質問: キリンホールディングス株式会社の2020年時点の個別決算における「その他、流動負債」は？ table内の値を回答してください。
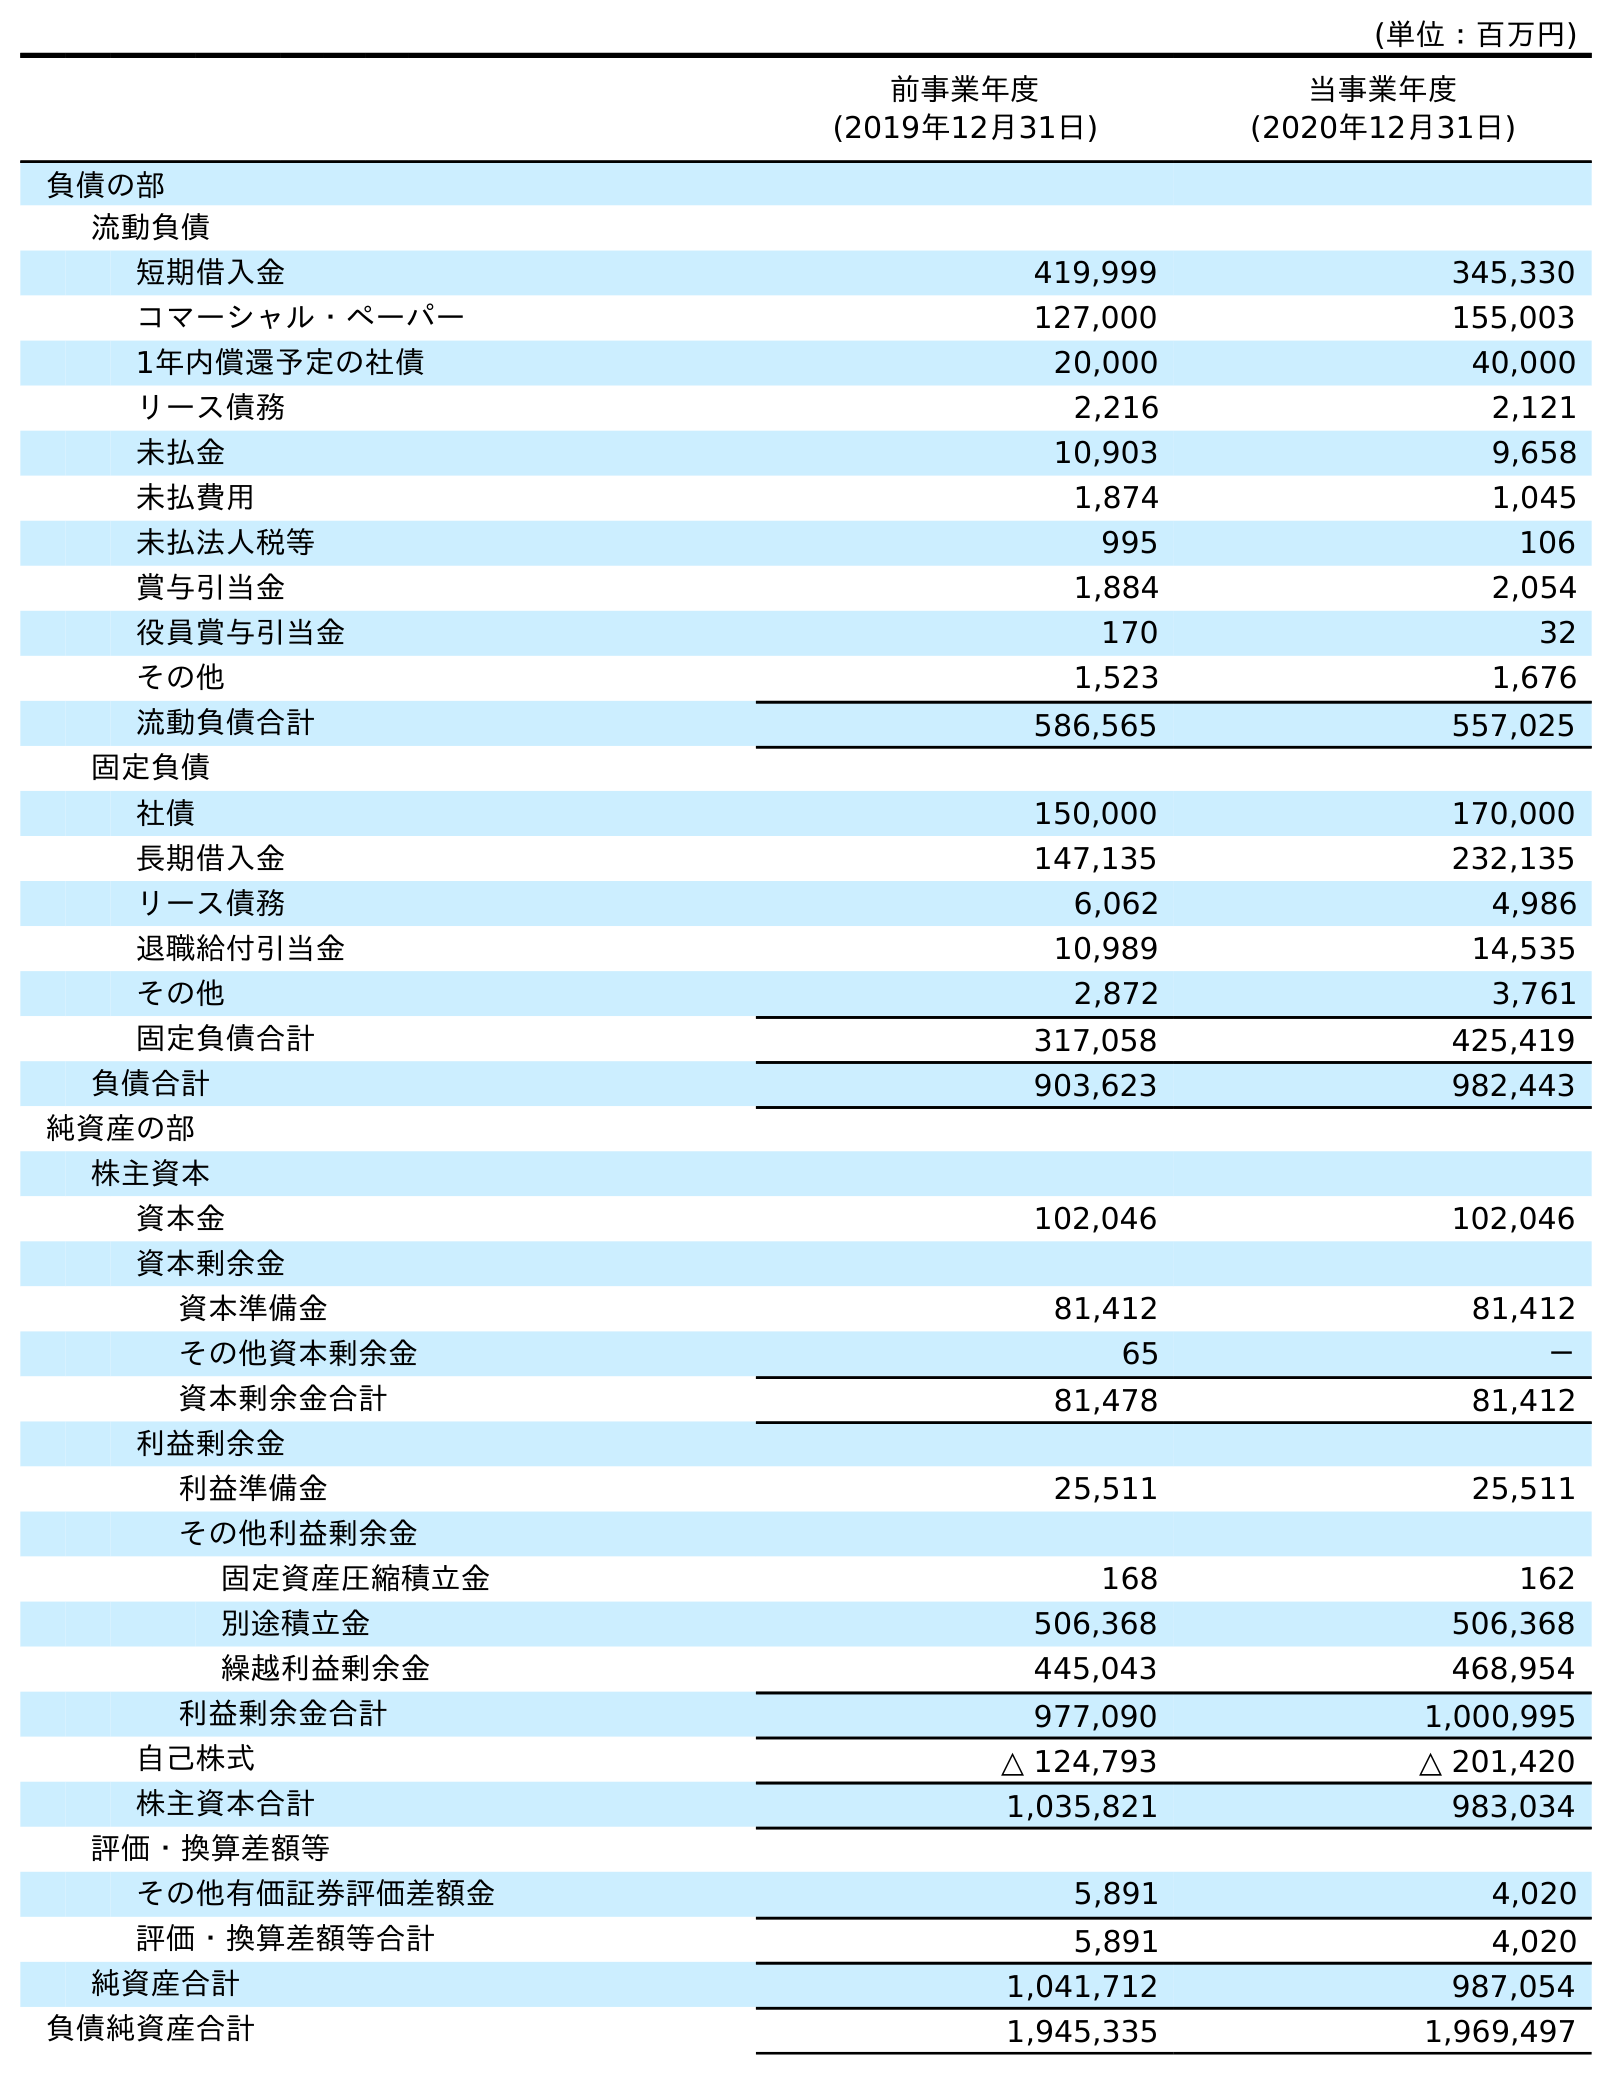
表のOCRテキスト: (単位：百万円) 前事業年度 (2019年12月31日) 当事業年度 (2020年12月31日) 負債の部 流動負債 短期借入金 419,999 345,330 コマーシャル・ペーパー 127,000 155,003 1年内償還予定の社債 20,000 40,000 リース債務 2,216 2,121 未払金 10,903 9,658 未払費用 1,874 1,045 未払法人税等 995 106 賞与引当金 1,884 2,054 役員賞与引当金 170 32 その他 1,523 1,676 流動負債合計 586,565 557,025 固定負債 社債 150,000 170,000 長期借入金 147,135 232,135 リース債務 6,062 4,986 退職給付引当金 10,989 14,535 その他 2,872 3,761 固定負債合計 317,058 425,419 負債合計 903,623 982,443 純資産の部 株主資本 資本金 102,046 102,046 資本剰余金 資本準備金 81,412 81,412 その他資本剰余金 65 － 資本剰余金合計 81,478 81,412 利益剰余金 利益準備金 25,511 25,511 その他利益剰余金 固定資産圧縮積立金 168 162 別途積立金 506,368 506,368 繰越利益剰余金 445,043 468,954 利益剰余金合計 977,090 1,000,995 自己株式 △ 124,793 △ 201,420 株主資本合計 1,035,821 983,034 評価・換算差額等 その他有価証券評価差額金 5,891 4,020 評価・換算差額等合計 5,891 4,020 純資産合計 1,041,712 987,054 負債純資産合計 1,945,335 1,969,497
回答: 1,676